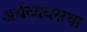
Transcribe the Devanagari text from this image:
अर्थव्यवसथा